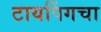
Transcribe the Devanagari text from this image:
टायपिंगचा